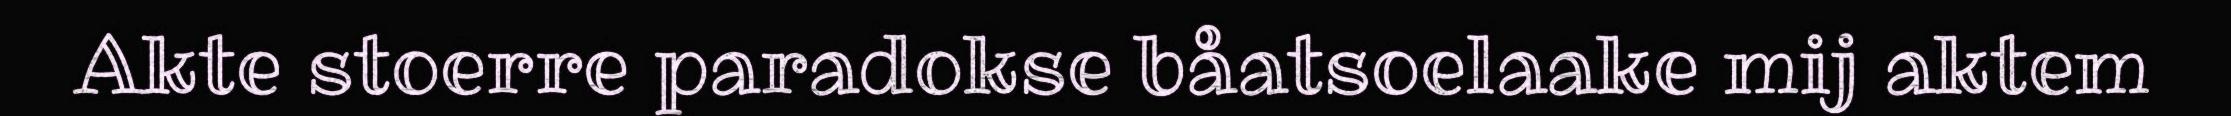
Akte stoerre paradokse båatsoelaake mij aktem